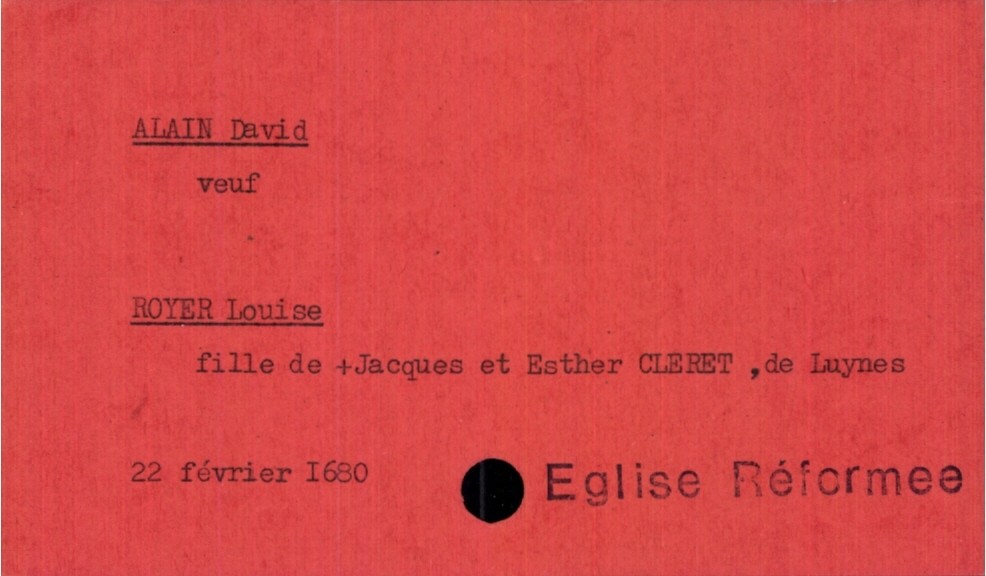
type_acte: Mariage
année: 1680
mois: février
jour: 22
observations: Eglise Réformee
marié_nom: Alain
marié_prénom: David
marié_statut: veuf
mariée_nom: Royer
mariée_prénom: Louise
mariée_lieu_de_vie: Luynes
père_mariée_nom: Royer
père_mariée_prénom: Jacques
père_mariée_statut: décédé
mère_mariée_nom: Cleret
mère_mariée_prénom: Esther